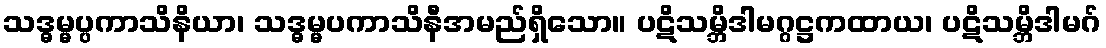
သဒ္ဓမ္မပ္ပကာသိနိယာ၊ သဒ္ဓမ္မပကာသိနီအမည်ရှိသော။ ပဋိသမ္ဘိဒါမဂ္ဂဋ္ဌကထာယ၊ ပဋိသမ္ဘိဒါမဂ်